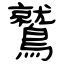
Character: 鷲